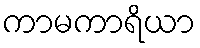
ကာမကာရိယာ